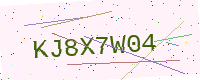
Text: KJ8X7W04